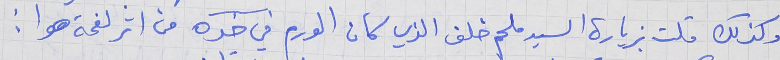
وكذلك قلت بزيارة السيد ملحم خلف الذي كان الورم في خده من اثر لفحة هوا :